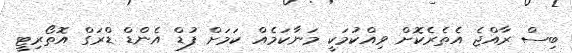
ބިސް ރާއްޖެ އެތެރެކޮށް ވިއްކުމަކީ މަނާކަމެއް ކަމަށް ފުޑް އެންޑް ޑްރަގް އޮތޯރިޓީ